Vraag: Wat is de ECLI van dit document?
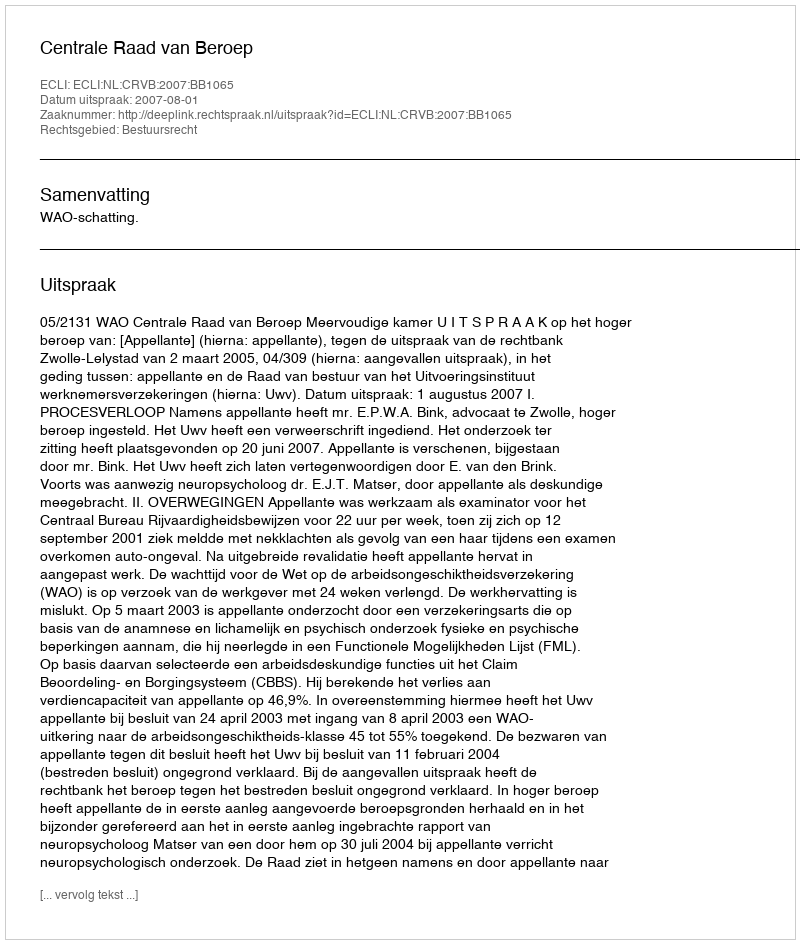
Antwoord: ECLI:NL:CRVB:2007:BB1065